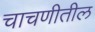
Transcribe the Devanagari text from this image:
चाचणीतील